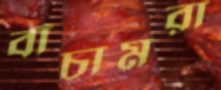
বাঁচামরা